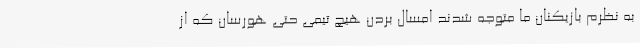
به نظرم بازیکنان ما متوجه شدند امسال بردن هیچ تیمی حتی هورسان که از